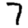
Digit: 7